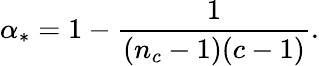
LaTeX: \alpha_{*}=1-\frac{1}{(n_{c}-1)(c-1)}.